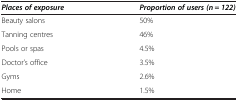
<table><thead><tr><td><b><i>Places of exposure</i></b></td><td><b><i>Proportion of users (n = 122)</i></b></td></tr></thead><tbody><tr><td>Beauty salons</td><td>50%</td></tr><tr><td>Tanning centres</td><td>46%</td></tr><tr><td>Pools or spas</td><td>4.5%</td></tr><tr><td>Doctor’s office</td><td>3.5%</td></tr><tr><td>Gyms</td><td>2.6%</td></tr><tr><td>Home</td><td>1.5%</td></tr></tbody></table>